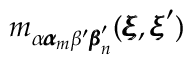
m _ { \alpha { \pmb \alpha } _ { m } \beta ^ { \prime } { \pmb \beta } _ { n } ^ { \prime } } ( { \pmb \xi } , { \pmb \xi } ^ { \prime } )